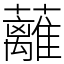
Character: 蘺